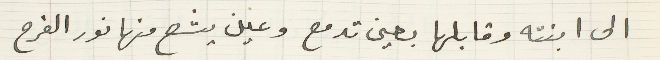
الى ابنته وقابلها بعين تدمع وعين يشع منها نور الفرح